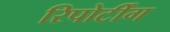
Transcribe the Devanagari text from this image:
रिपोर्टींग